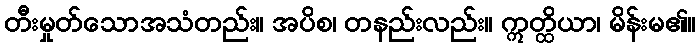
တီးမှုတ်သောအသံတည်း။ အပိစ၊ တနည်းလည်း။ ဣတ္ထိယာ၊ မိန်းမ၏။